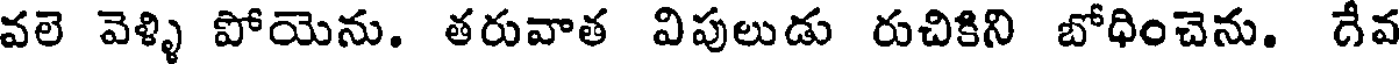
వలె వెళ్ళి పోయెను. తరువాత విపులుడు రుచికిని బోధించెను. దేవ